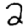
Digit: 2